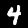
Digit: 4